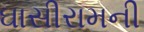
ઘાસીરામની